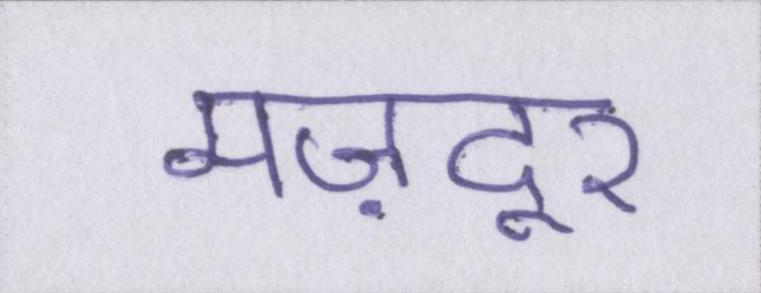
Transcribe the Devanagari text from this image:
मज़दूर